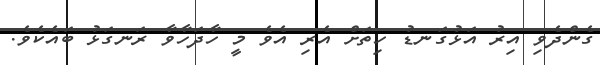
ގެންދެވި އިރު އަޅުގަނޑު ހިތަށް އެރި އެވެ މީ ހާދަހާވާ ރަނގަޅު ބައެކެވެ.